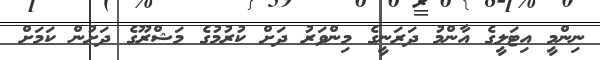
ނިންމީ އިޓަލީގެ އާންމު ދަރަނީގެ މިންވަރު ދަށް ކުރުމުގެ މަޝްރޫގެ ދަށުން ކަމަށް